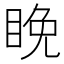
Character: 睌